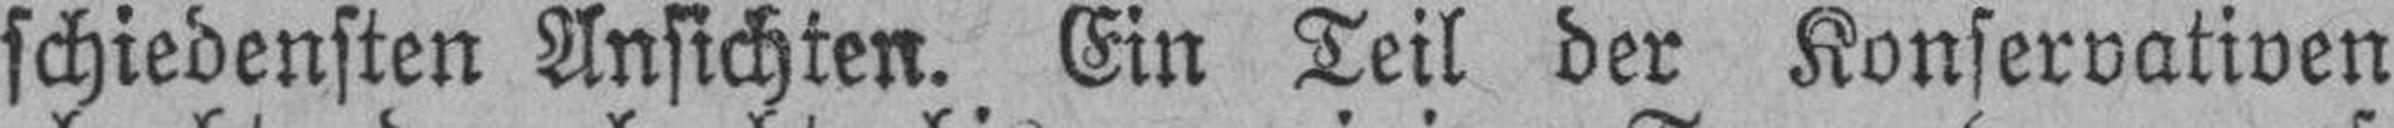
schiedensten Ansichten. Ein Teil der Konservativen